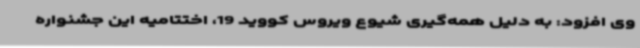
وی افزود: به دلیل همه‌گیری شیوع ویروس کووید 19، اختتامیه این جشنواره